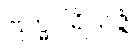
ဗြဟ္မပါရိသဇ္ဇံ